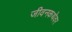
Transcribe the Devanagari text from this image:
जीवनकथेवर